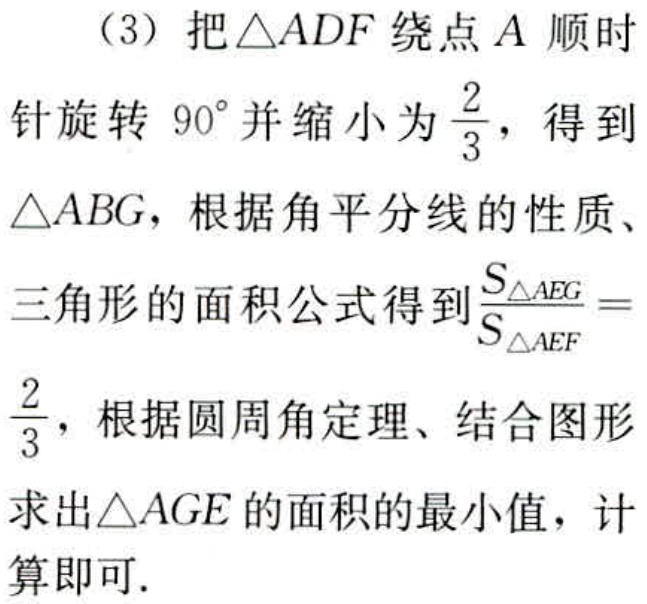
（3）把\(\triangle ADF\)绕点\(A\)顺时针旋转\(90^{\circ}\)并缩小为\(\frac{2}{3}\)，得到\(\triangle ABG\)，根据角平分线的性质、三角形的面积公式得到\(\frac{S_{\triangle AEG}}{S_{\triangle AEF}} = \frac{2}{3}\)，根据圆周角定理、结合图形求出\(\triangle AGE\)的面积的最小值，计算即可.